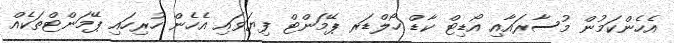
އެހެންކަމުން މުސާރައާއި އޯޑިޓް ކާޑް ހޯލްޑަރ ޕޭމަންޓް ފިޔަވައި އެހެން ހުރިހައި ޕޭމަންޓްތަކެއް